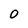
Character: 0